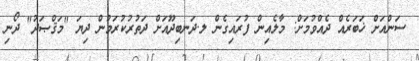
ސަންއަށް ޚަބަރެއް ދެއްވުމަށް: މާލެއިން ފުރައިގެން ލ.ދަނބިދޫއަށް ދަތުރުކުރަމުން ދިޔަ "މަޤްޞަދު" ދޯނި